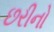
છરીનો